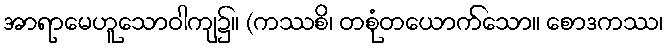
အာရာမေဟူသောဝါကျ၌။ (ကဿစိ၊ တစုံတယောက်သော။ စောဒကဿ၊